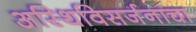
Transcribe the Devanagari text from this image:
अस्थिविसर्जनाचा